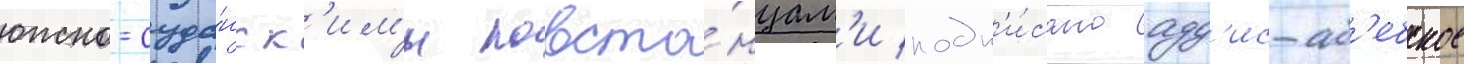
южно-суда́нск'им'и повста́нцам'и подп'и́сано адд'ис-аб'ебское